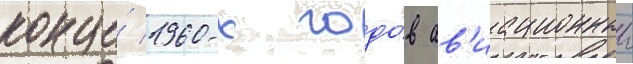
конце́ 1960-х годо́в ав'иационныи